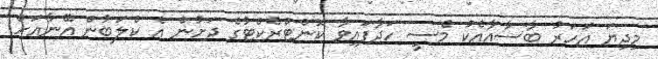
މިދިޔަ އަހަރު ބާސާއާއެކު މެސީ ހަދާފައިވާ ކޮންޓްރެކްޓުގެ ދަށުން އެ ކްލަބުން އޭނާއަށް